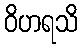
ဝိဟရသိ